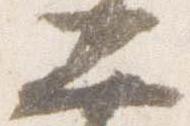
二